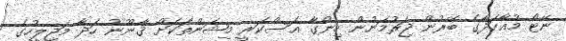
ނޭޓޯ މުއާހަދާގެ ބޭރުން ޖަރުމަނުން ހިންގާ އަސްކަރީ މިޝަންތަކަށް ޤާނޫނު ހަދާ މަޖިލީހުގެ